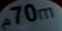
70m